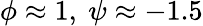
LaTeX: \phi\approx 1,\ \psi\approx-1.5